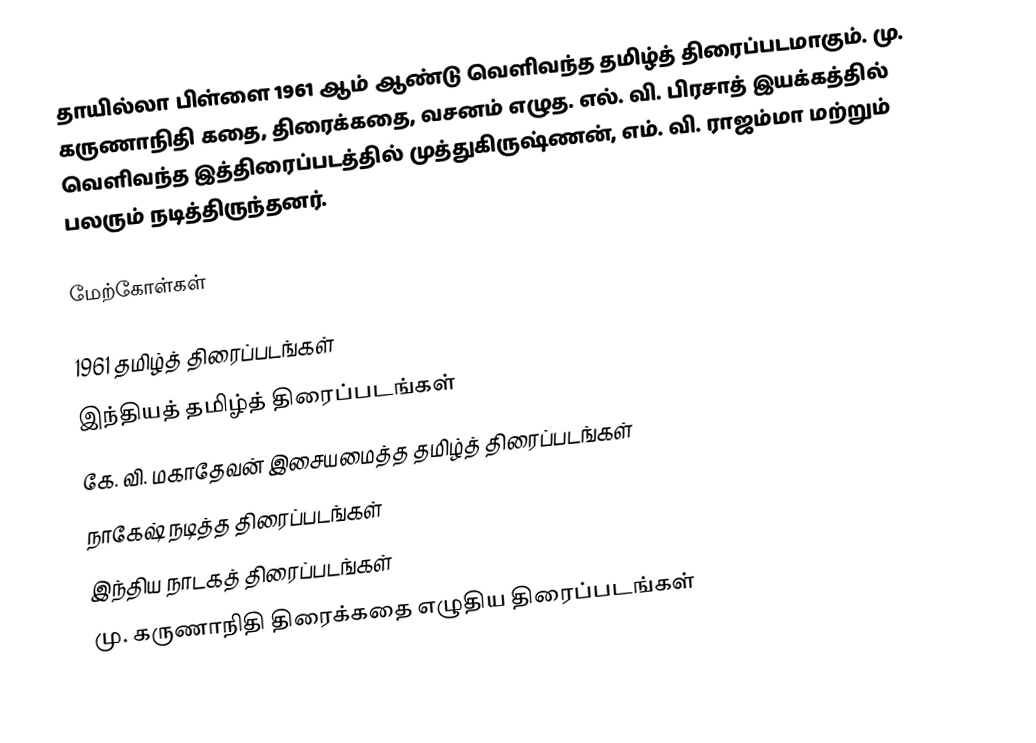
தாயில்லா பிள்ளை 1961 ஆம் ஆண்டு வெளிவந்த தமிழ்த் திரைப்படமாகும்.  மு. கருணாநிதி கதை, திரைக்கதை, வசனம் எழுத. எல். வி. பிரசாத் இயக்கத்தில் வெளிவந்த இத்திரைப்படத்தில் முத்துகிருஷ்ணன், எம். வி. ராஜம்மா மற்றும் பலரும் நடித்திருந்தனர்.

மேற்கோள்கள்

1961 தமிழ்த் திரைப்படங்கள்
இந்தியத் தமிழ்த் திரைப்படங்கள்
கே. வி. மகாதேவன் இசையமைத்த தமிழ்த் திரைப்படங்கள்
நாகேஷ் நடித்த திரைப்படங்கள்
இந்திய நாடகத் திரைப்படங்கள்
மு. கருணாநிதி திரைக்கதை எழுதிய திரைப்படங்கள்